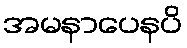
အမနာပေနပိ